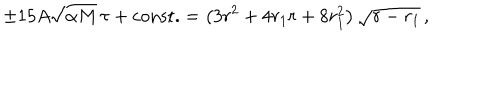
LaTeX: \pm 1 5 A \sqrt { \alpha M } \, \tau + \mathrm { c o n s t . } = \left( 3 r ^ { 2 } + { 4 r _ { 1 } } r + 8 r _ { 1 } ^ { 2 } \right) \sqrt { r - { r _ { 1 } } } \, , \nonumber \,